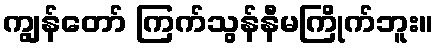
ကျွန်တော် ကြက်သွန်နီမကြိုက်ဘူး။